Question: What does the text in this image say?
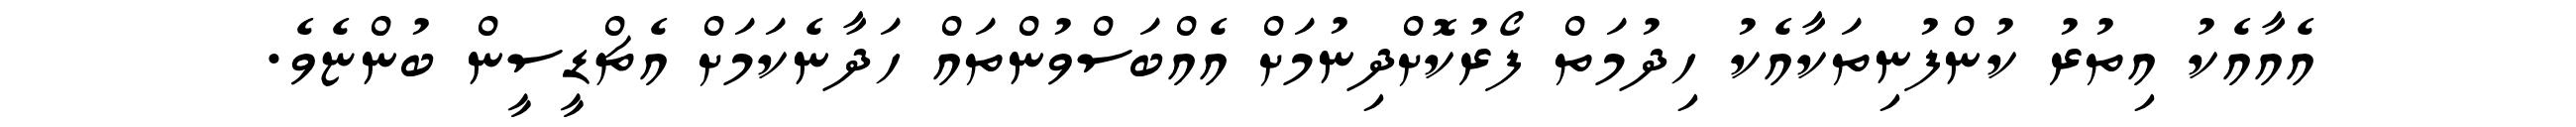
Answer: އެއާއެކު އިތުރު ކުންފުނިތަކާއެކު ހިދުމަތް ފޯރުކޮށްދިނުމަށް އެއްބަސްވުންތައް ހަދާނެކަމަށް އެޗްޑީސީން ބުންޏެވެ.